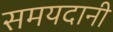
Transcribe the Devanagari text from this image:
समयदानी